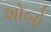
શોબો